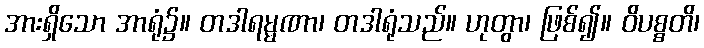
အားရှိသော အာရုံ၌။ တဒါရမ္မဏာ၊ တဒါရုံသည်။ ဟုတွာ၊ ဖြစ်၍။ ဝိပစ္စတိ၊